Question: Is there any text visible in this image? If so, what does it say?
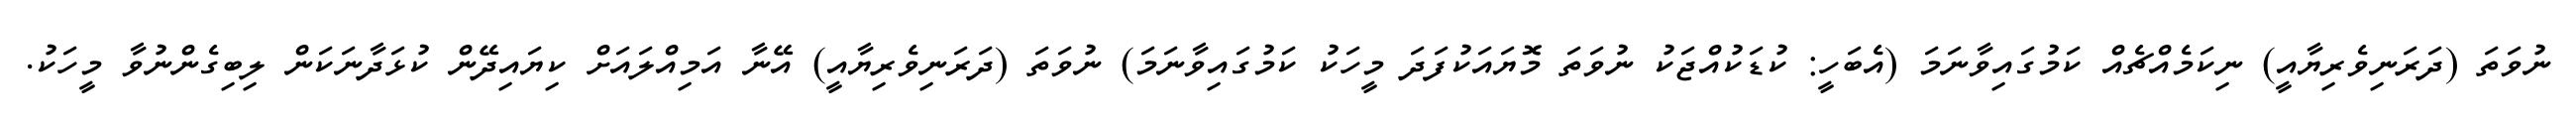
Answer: ނުވަތަ (ދަރަނިވެރިޔާއީ) ނިކަމެއްޗެއް ކަމުގައިވާނަމަ (އެބަހީ: ކުޑަކުއްޖަކު ނުވަތަ މޮޔައަކުފަދަ މީހަކު ކަމުގައިވާނަމަ) ނުވަތަ (ދަރަނިވެރިޔާއީ) އޭނާ އަމިއްލައަށް ކިޔައިދޭން ކުޅަދާނަކަން ލިބިގެންނުވާ މީހަކު.